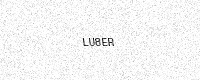
Text: LU8ER